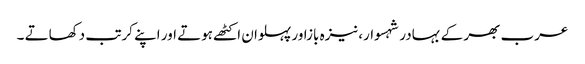
عرب بھر کے بہادر شہسوار،نیزہ بازاور پہلوان اکٹھے ہوتے اور اپنے کرتب دکھاتے ۔